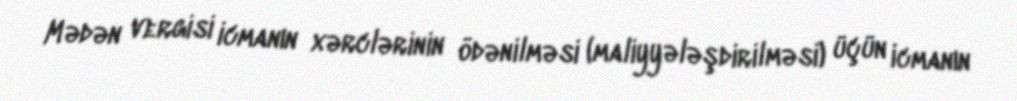
Mədən vergisi icmanın xərclərinin ödənilməsi (maliyyələşdirilməsi) üçün icmanın